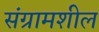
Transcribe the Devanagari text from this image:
संग्रामशील